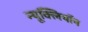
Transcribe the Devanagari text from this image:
न्यूक्लियॉन